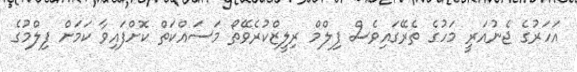
އަހަރުގެ ޖެނުއަރީ މަހުގެ ތެރޭގައިވެސް ފިލްމް ރިލީޒްކުރެވޭތޯ މަސައްކަތް ކޮށްފައިވާ ކަމަށް ފިލްމުގެ